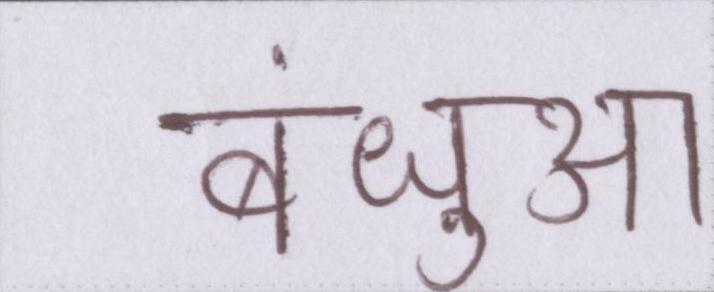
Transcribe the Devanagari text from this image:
बंधुआ